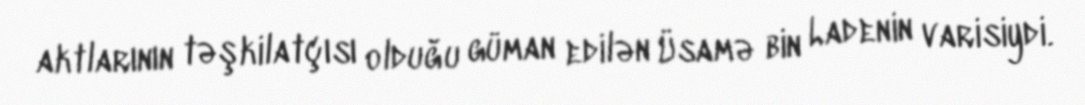
aktlarının təşkilatçısı olduğu güman edilən Üsamə bin Ladenin varisiydi.